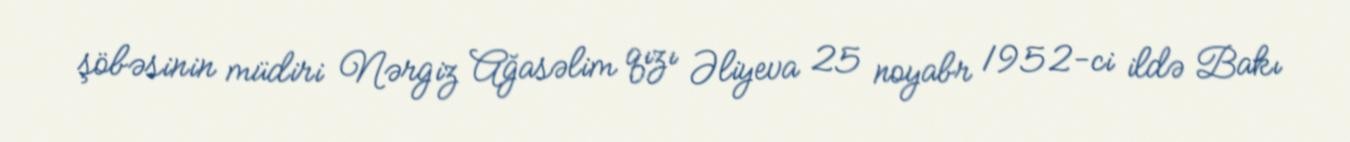
şöbəsinin müdiri Nərgiz Ağasəlim qızı Əliyeva 25 noyabr 1952-ci ildə Bakı